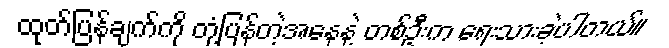
ထုတ်ပြန်ချက်ကို တုံ့ပြန်တဲ့အနေနဲ့ တစ်ဦးက ရေးသားခဲ့ပါတယ်။